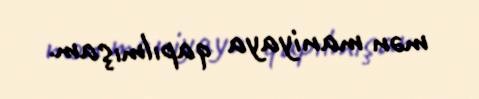
mən maniyaya qapılmışam.